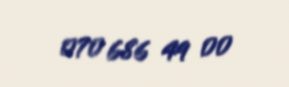
070 686 49 00